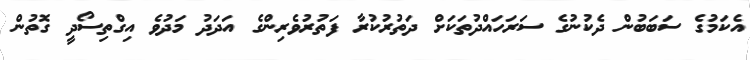
އެކަމުގެ ސަބަބުން ދެކުނުގެ ސަރަހައްދުތަކަށް ދަތުރުކުރާ ފަތުރުވެރިންގެ އަދަދު މަދުވެ އިގްތިސޯދީ ގޮތުން